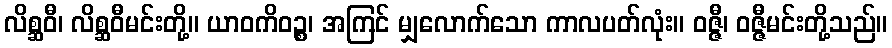
လိစ္ဆဝီ၊ လိစ္ဆဝီမင်းတို့။ ယာဝကိဝဉ္စ၊ အကြင် မျှလောက်သော ကာလပတ်လုံး။ ဝဇ္ဇီ၊ ဝဇ္ဇီမင်းတို့သည်။